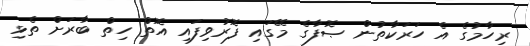
ރިހާމުގެ އެ ހަރަކާތުން ޞޮފާގެ މޭގައި ފޮރުވިފައި އޮތް ހިތް ބާރަށް ތެޅި